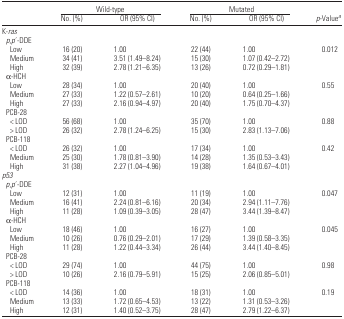
<table><thead><tr><td></td><td colspan="2"><b>Wild-type</b></td><td colspan="2"><b>Mutated</b></td><td></td></tr><tr><td></td><td><b>No. (%)</b></td><td><b>OR (95% CI)</b></td><td><b>No. (%)</b></td><td><b>OR (95% CI)</b></td><td><b><i>p</i>-Value<i><sup>a</sup></i></b></td></tr></thead><tbody><tr><td colspan="6">K-<i>ras</i></td></tr><tr><td colspan="6"> <i>p,p</i>′-DDE</td></tr><tr><td>Low</td><td>16 (20)</td><td>1.00</td><td>22 (44)</td><td>1.00</td><td>0.012</td></tr><tr><td>Medium</td><td>34 (41)</td><td>3.51 (1.49–8.24)</td><td>15 (30)</td><td>1.07 (0.42–2.72)</td><td></td></tr><tr><td>High</td><td>32 (39)</td><td>2.78 (1.21–6.35)</td><td>13 (26)</td><td>0.72 (0.29–1.81)</td><td></td></tr><tr><td colspan="6"> α-HCH</td></tr><tr><td>Low</td><td>28 (34)</td><td>1.00</td><td>20 (40)</td><td>1.00</td><td>0.55</td></tr><tr><td>Medium</td><td>27 (33)</td><td>1.22 (0.57–2.61)</td><td>10 (20)</td><td>0.64 (0.25–1.66)</td><td></td></tr><tr><td>High</td><td>27 (33)</td><td>2.16 (0.94–4.97)</td><td>20 (40)</td><td>1.75 (0.70–4.37)</td><td></td></tr><tr><td colspan="6"> PCB-28</td></tr><tr><td>&lt; LOD</td><td>56 (68)</td><td>1.00</td><td>35 (70)</td><td>1.00</td><td>0.88</td></tr><tr><td>&gt; LOD</td><td>26 (32)</td><td>2.78 (1.24–6.25)</td><td>15 (30)</td><td>2.83 (1.13–7.06)</td><td></td></tr><tr><td colspan="6"> PCB-118</td></tr><tr><td>&lt; LOD</td><td>26 (32)</td><td>1.00</td><td>17 (34)</td><td>1.00</td><td>0.42</td></tr><tr><td>Medium</td><td>25 (30)</td><td>1.78 (0.81–3.90)</td><td>14 (28)</td><td>1.35 (0.53–3.43)</td><td></td></tr><tr><td>High</td><td>31 (38)</td><td>2.27 (1.04–4.96)</td><td>19 (38)</td><td>1.64 (0.67–4.01)</td><td></td></tr><tr><td colspan="6"><i>p53</i></td></tr><tr><td colspan="6"> <i>p,p</i>′-DDE</td></tr><tr><td>Low</td><td>12 (31)</td><td>1.00</td><td>11 (19)</td><td>1.00</td><td>0.047</td></tr><tr><td>Medium</td><td>16 (41)</td><td>2.24 (0.81–6.16)</td><td>20 (34)</td><td>2.94 (1.11–7.76)</td><td></td></tr><tr><td>High</td><td>11 (28)</td><td>1.09 (0.39–3.05)</td><td>28 (47)</td><td>3.44 (1.39–8.47)</td><td></td></tr><tr><td colspan="6"> α-HCH</td></tr><tr><td>Low</td><td>18 (46)</td><td>1.00</td><td>16 (27)</td><td>1.00</td><td>0.045</td></tr><tr><td>Medium</td><td>10 (26)</td><td>0.76 (0.29–2.01)</td><td>17 (29)</td><td>1.39 (0.58–3.35)</td><td></td></tr><tr><td>High</td><td>11 (28)</td><td>1.22 (0.44–3.34)</td><td>26 (44)</td><td>3.44 (1.40–8.45)</td><td></td></tr><tr><td colspan="6"> PCB-28</td></tr><tr><td>&lt; LOD</td><td>29 (74)</td><td>1.00</td><td>44 (75)</td><td>1.00</td><td>0.98</td></tr><tr><td>&gt; LOD</td><td>10 (26)</td><td>2.16 (0.79–5.91)</td><td>15 (25)</td><td>2.06 (0.85–5.01)</td><td></td></tr><tr><td colspan="6"> PCB-118</td></tr><tr><td>&lt; LOD</td><td>14 (36)</td><td>1.00</td><td>18 (31)</td><td>1.00</td><td>0.19</td></tr><tr><td>Medium</td><td>13 (33)</td><td>1.72 (0.65–4.53)</td><td>13 (22)</td><td>1.31 (0.53–3.26)</td><td></td></tr><tr><td>High</td><td>12 (31)</td><td>1.40 (0.52–3.75)</td><td>28 (47)</td><td>2.79 (1.22–6.37)</td><td></td></tr></tbody></table>